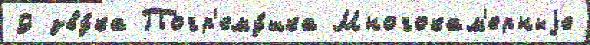
9 зву́ка Погр'ему́шка Многокам'ерныjе